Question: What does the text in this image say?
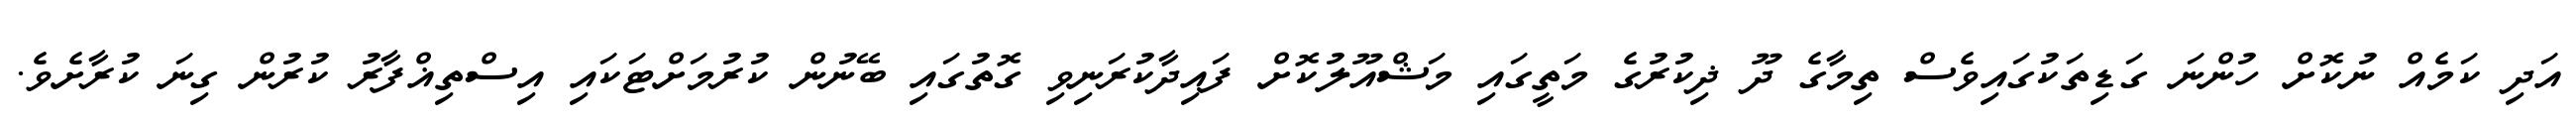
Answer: އަދި ކަމެއް ނުކޮށް ހުންނަ ގަޑިތަކުގައިވެސް ތިމާގެ ދޫ ޛިކުރުގެ މަތީގައި މަޝްއޫލުކޮށް ފައިދާކުރަނިވި ގޮތުގައި ބޭނުން ކުރުމަށްޓަކައި އިސްތިޣްފާރު ކުރުން ގިނަ ކުރާށެވެ.